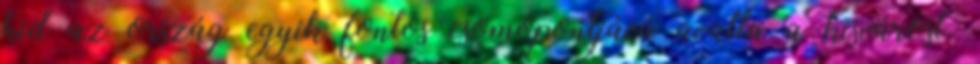
híd az ország egyik fontos csomópontjává avatta a kisvárost.